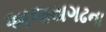
અજયગઢના